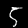
Label: 5